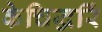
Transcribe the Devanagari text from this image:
केचिद्धरिं